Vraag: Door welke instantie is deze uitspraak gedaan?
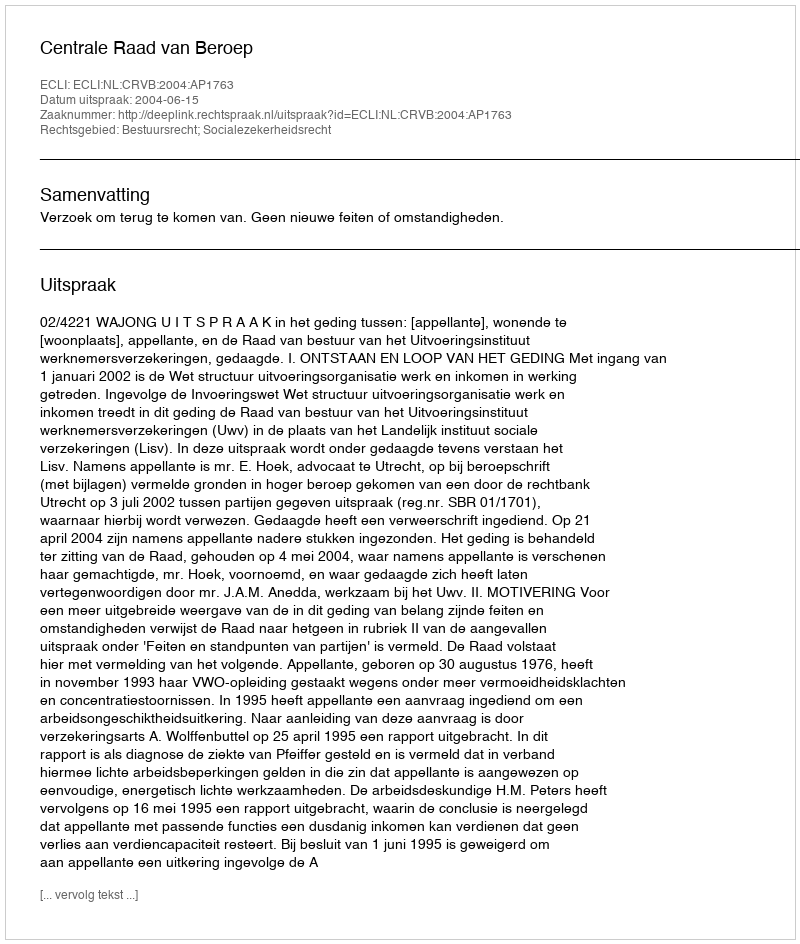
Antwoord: Centrale Raad van Beroep